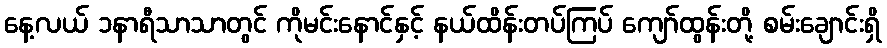
နေ့လယ် ၁နာရီသာသာတွင် ကိုမင်းနောင်နှင့် နယ်ထိန်းတပ်ကြပ် ကျော်ထွန်းတို့ စမ်းချောင်းရှိ